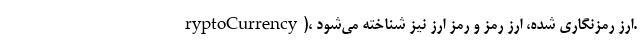
ryptoCurrency)، ارز رمزنگاری شده، ارز رمز و رمز ارز نیز شناخته می‌شود.